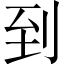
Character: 到